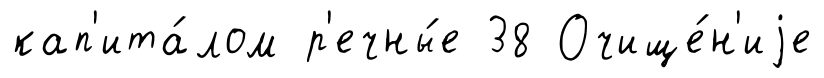
кап'ита́лом р'ечны́е 38 Очище́н'иjе